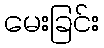
မေးခြင်း